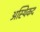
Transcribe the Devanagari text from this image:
अस्थिकद